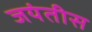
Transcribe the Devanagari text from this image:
जयंतीस